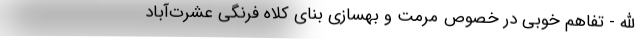
الله - تفاهم خوبی در خصوص مرمت و بهسازی بنای کلاه فرنگی عشرت‌آباد